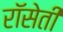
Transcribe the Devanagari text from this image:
रॉसेती